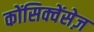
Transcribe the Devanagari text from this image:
कोंसिक्वेंसेज़